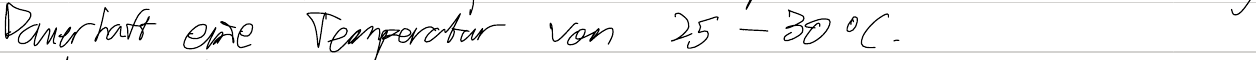
Dauerhaft eine Temperatur von 25-30°C.